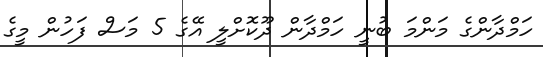
ހަމްދާންގެ މަންމަ ބުނީ ހަމްދާން ދޫކޮށްލީ އޭގެ 5 މަސް ފަހުން މީގެ